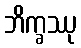
ဘိက္ခဿု